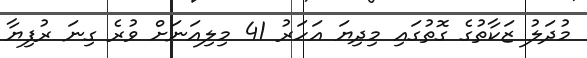
މުދަލު ޒަކާތުގެ ގޮތުގައި މިދިޔަ އަހަރު 41 މިލިއަނަށް ވުރެ ގިނަ ރުފިޔާ